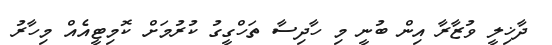
ދާޚިލީ ވުޒާރާ އިން ބުނީ މި ހާދިސާ ތަހްގީގު ކުރުމަށް ކޮމިޓީއެއް މިހާރު